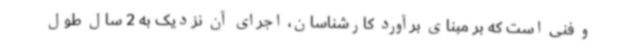
و فنی است که بر مبنای برآورد کارشناسان، اجرای آن نزدیک به 2 سال طول